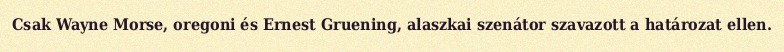
Csak Wayne Morse, oregoni és Ernest Gruening, alaszkai szenátor szavazott a határozat ellen.